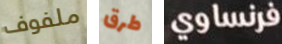
ملفوف طرق فرنساوي